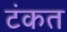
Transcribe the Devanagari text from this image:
टंकत